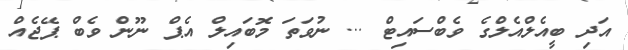
އަދި ބީއެލްއެލްގެ ވެބްސައިޓް ... ނުވަތަ މޮބައިލް އެޕް ނޫން ވެބް ޕޭޖެއް